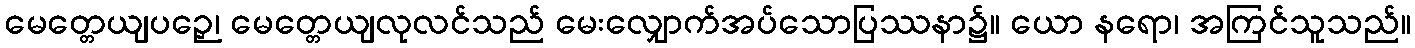
မေတ္တေယျပဉှေ၊ မေတ္တေယျလုလင်သည် မေးလျှောက်အပ်သောပြဿနာ၌။ ယော နရော၊ အကြင်သူသည်။